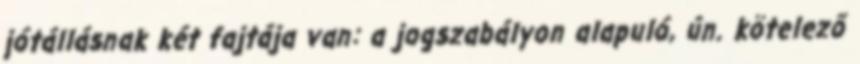
jótállásnak két fajtája van: a jogszabályon alapuló, ún. kötelező